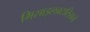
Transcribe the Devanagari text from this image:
मिसाइलबटालियनों